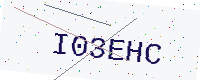
Text: I03EHC